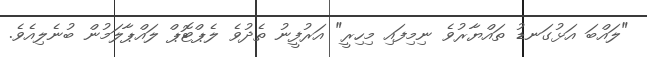
"ލައްބަ އަޅުގަނޑު ތައްޔާރުވެ ނިމިފައި މިހިރީ" އަރުފީނު ތެދުވެ ލެޕްޓޮޕް ލައްޕާލަމުން ބުނެލިއެވެ.